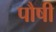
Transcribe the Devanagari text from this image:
पौषी